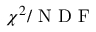
\chi ^ { 2 } / \mathrm { ~ N ~ D ~ F ~ }